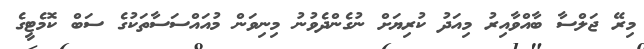
މިރޭ ޖަލްސާ ބާއްވާއިރު މިއަދު ކުރިޔަށް ނުގެންދެވުނު މިނިވަން މުއައްސަސާތަކުގެ ސަބް ކޮމެޓީގެ